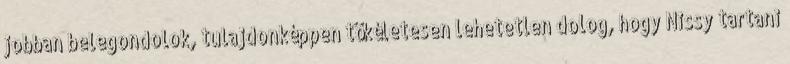
jobban belegondolok, tulajdonképpen tökéletesen lehetetlen dolog, hogy Nissy tartani